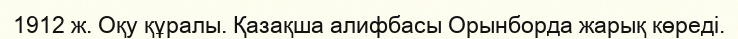
1912 ж. Оқу құралы. Қазақша алифбасы Орынборда жарық көреді.